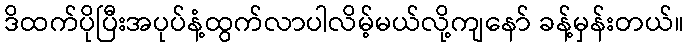
ဒိထက်ပိုပြီးအပုပ်နံ့ထွက်လာပါလိမ့်မယ်လို့ကျနော် ခန့်မှန်းတယ်။